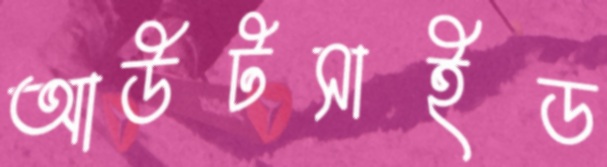
আউটসাইড